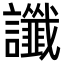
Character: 讖